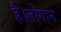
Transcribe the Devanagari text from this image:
है।लोगान